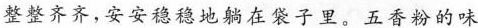
整整齐齐，安安稳稳地躺在袋子里。五香粉的味